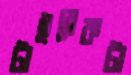
টাইব্রেকটা